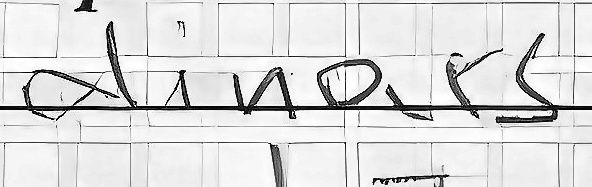
dinars